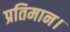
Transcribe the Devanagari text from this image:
प्रतिमान।